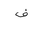
Letter: _fa